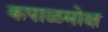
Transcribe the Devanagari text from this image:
कपाळमोक्ष